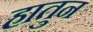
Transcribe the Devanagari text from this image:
हातुन